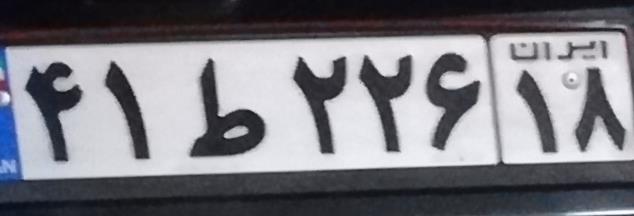
۴۱ط۲۲۶۱۸